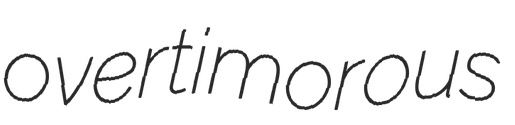
overtimorous